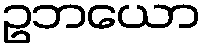
ဥဘယော